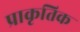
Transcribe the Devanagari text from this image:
प्राकृतिक